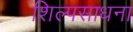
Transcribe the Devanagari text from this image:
शिल्पसाधना